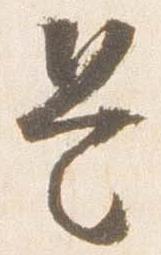
是